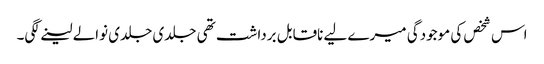
اس شخص کی موجودگی میرے لیے ناقابل برداشت تھی جلدی جلدی نوالے لینے لگی۔